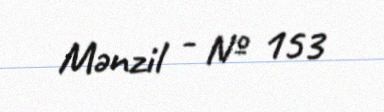
Mənzil - № 153